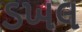
ડખલ